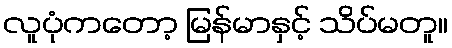
လူပုံကတော့ မြန်မာနှင့် သိပ်မတူ။